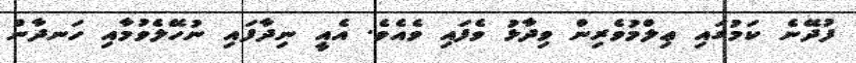
ފުދޭނެ ކަމުގައި ޢިލްމުވެރިން ވިދާޅު ވެފައި ވެއެވެ. އެއީ ނިދާފައި ނުހޭލެވުމާއި ހަނދާން